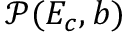
\mathcal { P } ( E _ { c } , b )